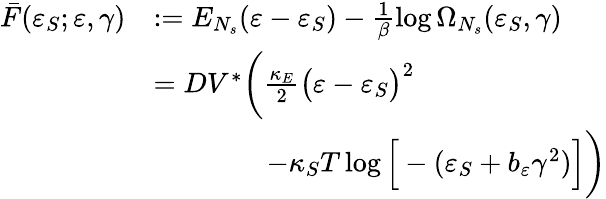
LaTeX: \begin{array}{rl}{\bar{F}(\varepsilon_{S};\varepsilon,\gamma)}&{:=E_{N_{s}}(\varepsilon-\varepsilon_{S})-\frac{1}{\beta}\log{\Omega_{N_{s}}(\varepsilon_{S},\gamma)}}\\ &{=DV^{\ast}\bigg(\frac{\kappa_{E}}{2}\big(\varepsilon-\varepsilon_{S}\big)^{2}}\\ &{\qquad\qquad-\kappa_{S}T\log{\Big[-(\varepsilon_{S}+b_{\varepsilon}\gamma^{2})\Big]}\bigg)}\end{array}